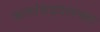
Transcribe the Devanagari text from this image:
कलांबद्दलच्या